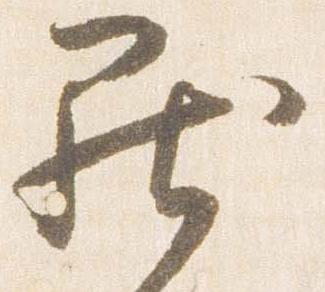
罷